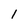
Character: 1